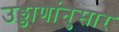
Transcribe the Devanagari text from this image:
उड्डाणांनुसार